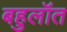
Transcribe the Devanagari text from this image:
बहुलॉत